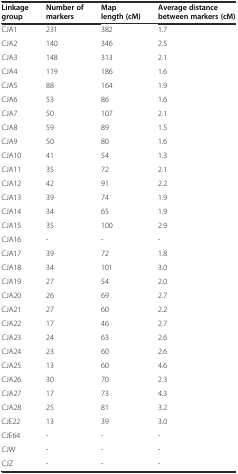
<table><thead><tr><td><b>Linkage group</b></td><td><b>Number of markers</b></td><td><b>Map length (cM)</b></td><td><b>Average distance between markers (cM)</b></td></tr></thead><tbody><tr><td>CJA1</td><td>231</td><td>382</td><td>1.7</td></tr><tr><td>CJA2</td><td>140</td><td>346</td><td>2.5</td></tr><tr><td>CJA3</td><td>148</td><td>313</td><td>2.1</td></tr><tr><td>CJA4</td><td>119</td><td>186</td><td>1.6</td></tr><tr><td>CJA5</td><td>88</td><td>164</td><td>1.9</td></tr><tr><td>CJA6</td><td>53</td><td>86</td><td>1.6</td></tr><tr><td>CJA7</td><td>50</td><td>107</td><td>2.1</td></tr><tr><td>CJA8</td><td>59</td><td>89</td><td>1.5</td></tr><tr><td>CJA9</td><td>50</td><td>80</td><td>1.6</td></tr><tr><td>CJA10</td><td>41</td><td>54</td><td>1.3</td></tr><tr><td>CJA11</td><td>35</td><td>72</td><td>2.1</td></tr><tr><td>CJA12</td><td>42</td><td>91</td><td>2.2</td></tr><tr><td>CJA13</td><td>39</td><td>74</td><td>1.9</td></tr><tr><td>CJA14</td><td>34</td><td>65</td><td>1.9</td></tr><tr><td>CJA15</td><td>35</td><td>100</td><td>2.9</td></tr><tr><td>CJA16</td><td>-</td><td>-</td><td>-</td></tr><tr><td>CJA17</td><td>39</td><td>72</td><td>1.8</td></tr><tr><td>CJA18</td><td>34</td><td>101</td><td>3.0</td></tr><tr><td>CJA19</td><td>27</td><td>54</td><td>2.0</td></tr><tr><td>CJA20</td><td>26</td><td>69</td><td>2.7</td></tr><tr><td>CJA21</td><td>27</td><td>60</td><td>2.2</td></tr><tr><td>CJA22</td><td>17</td><td>46</td><td>2.7</td></tr><tr><td>CJA23</td><td>24</td><td>63</td><td>2.6</td></tr><tr><td>CJA24</td><td>23</td><td>60</td><td>2.6</td></tr><tr><td>CJA25</td><td>13</td><td>60</td><td>4.6</td></tr><tr><td>CJA26</td><td>30</td><td>70</td><td>2.3</td></tr><tr><td>CJA27</td><td>17</td><td>73</td><td>4.3</td></tr><tr><td>CJA28</td><td>25</td><td>81</td><td>3.2</td></tr><tr><td>CJE22</td><td>13</td><td>39</td><td>3.0</td></tr><tr><td>CJE64</td><td>-</td><td>-</td><td>-</td></tr><tr><td>CJW</td><td>-</td><td>-</td><td>-</td></tr><tr><td>CJZ</td><td>-</td><td>-</td><td>-</td></tr></tbody></table>